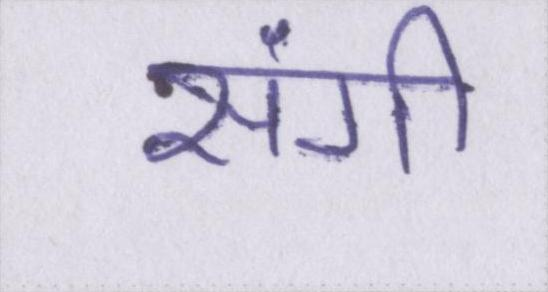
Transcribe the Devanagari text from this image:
संगी